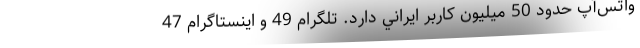
واتس‌آپ حدود 50 ميليون كاربر ايراني دارد. تلگرام 49 و اينستاگرام 47